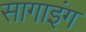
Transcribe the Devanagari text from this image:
सागाइंग